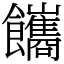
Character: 䭨